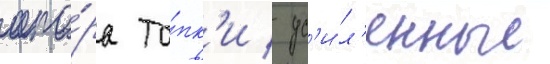
опо́ра то́пк'и / ус'и́л'енные